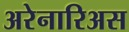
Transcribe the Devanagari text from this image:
अरेनारिअस